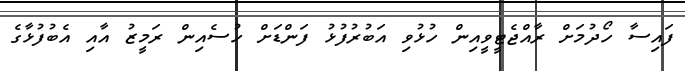
ފައިސާ ހޯދުމަށް ރާއްޖެޓީވީއިން ހުޅުވި އަބުރުފުޅު ފަންޑަށް ހުސެއިން ރަމީޒު އާއި އެބުފުޅާގެ